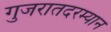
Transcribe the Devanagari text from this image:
गुजरातदरम्यान